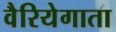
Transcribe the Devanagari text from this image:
वैरियेगाता